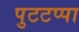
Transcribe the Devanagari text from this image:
पुटटप्पा